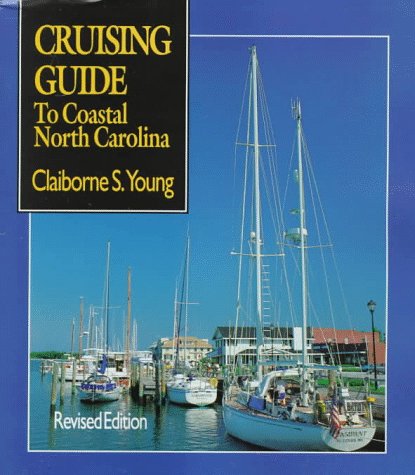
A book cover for Cruising Guide to Coastal North Carolina; Claiborne S. Young; Travel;